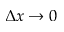
\Delta x \rightarrow 0